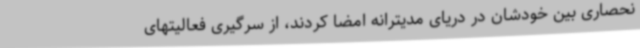
نحصاری بین خودشان در دریای مدیترانه امضا کردند، از سرگیری فعالیتهای